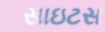
સાઇટસ